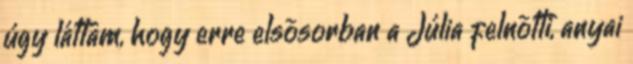
úgy láttam, hogy erre elsõsorban a Júlia felnõtti, anyai